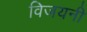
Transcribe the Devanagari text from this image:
विजयनी